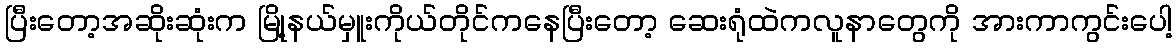
ပြီးတော့အဆိုးဆုံးက မြို့နယ်မှူးကိုယ်တိုင်ကနေပြီးတော့ ဆေးရုံထဲကလူနာတွေကို အားကာကွင်းပေါ့